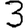
Digit: 3